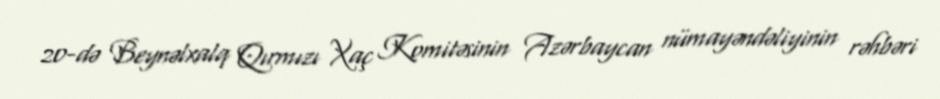
20-də Beynəlxalq Qırmızı Xaç Komitəsinin Azərbaycan nümayəndəliyinin rəhbəri